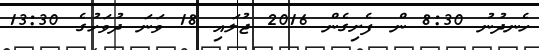
ހެނދުނު 8:30 ން ފެށިގެން 2016 ޖުލައި 18 ވަނަ ދުވަހުގެ 13:30